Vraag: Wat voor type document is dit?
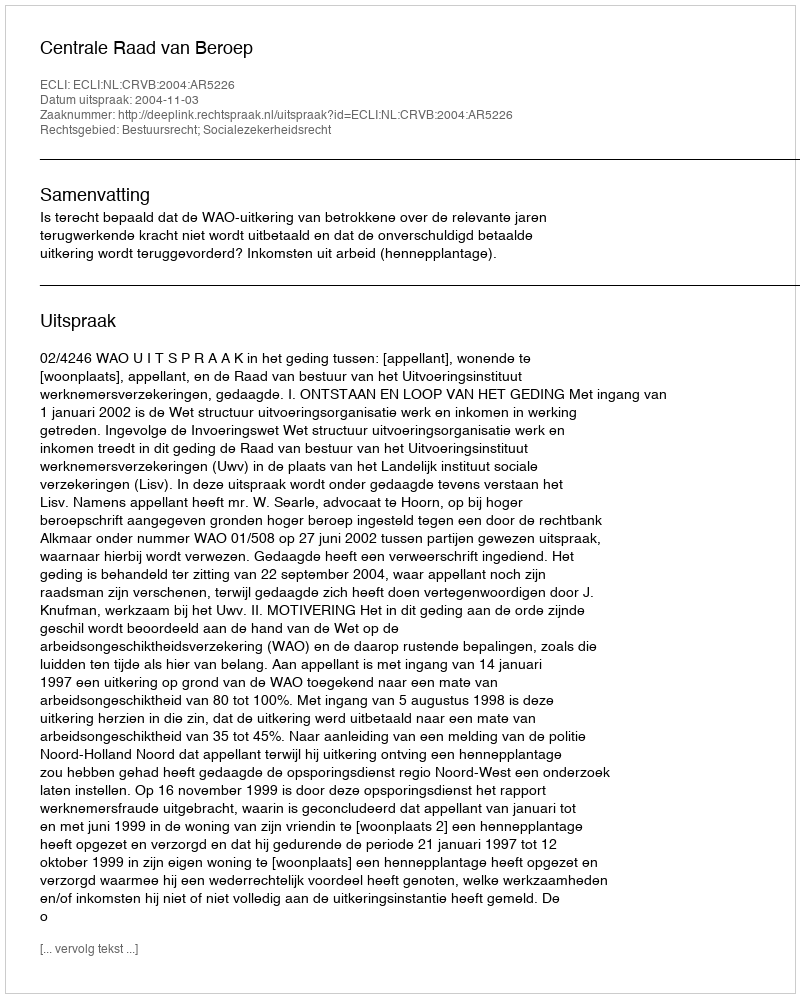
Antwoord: Uitspraak